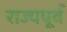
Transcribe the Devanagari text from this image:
राज्यपूर्व